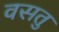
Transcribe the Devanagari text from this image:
वसतु